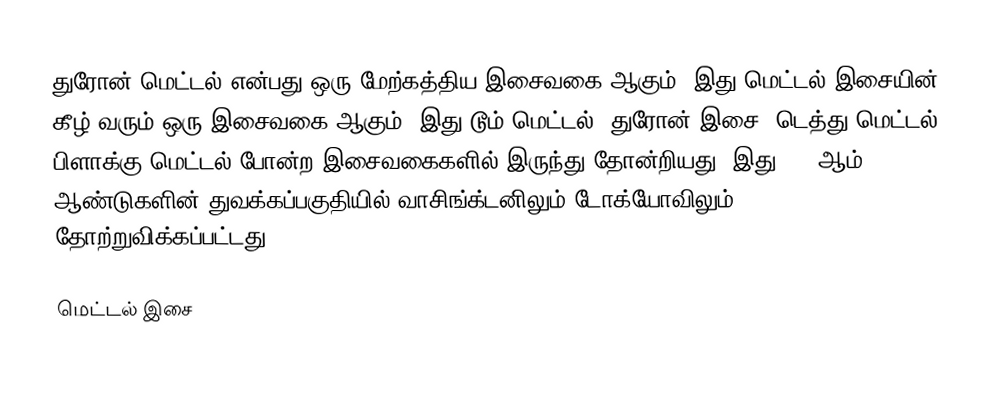
துரோன் மெட்டல் என்பது ஒரு மேற்கத்திய இசைவகை ஆகும். இது மெட்டல் இசையின் கீழ் வரும் ஒரு இசைவகை ஆகும். இது டூம் மெட்டல், துரோன் இசை, டெத்து மெட்டல், பிளாக்கு மெட்டல் போன்ற இசைவகைகளில் இருந்து தோன்றியது. இது 1990ஆம் ஆண்டுகளின் துவக்கப்பகுதியில் வாசிங்க்டனிலும் டோக்யோவிலும் தோற்றுவிக்கப்பட்டது.

மெட்டல் இசை